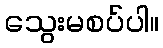
သွေးမစပ်ပါ။